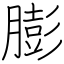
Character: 膨